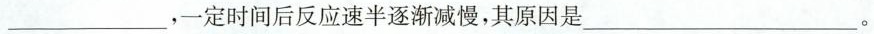
___，一定时间后反应速半逐渐减慢，其原因是___。